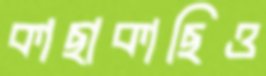
কাছাকাছিও